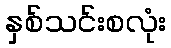
နှစ်သင်းစလုံး